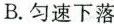
B.匀速下落